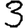
Digit: 3